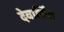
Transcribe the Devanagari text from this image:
देवार्चित